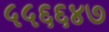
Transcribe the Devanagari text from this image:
५५६६४७